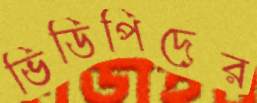
ভিডিপিদের